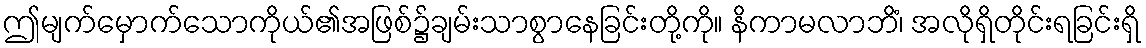
ဤမျက်မှောက်သောကိုယ်၏အဖြစ်၌ချမ်းသာစွာနေခြင်းတို့ကို။ နိကာမလာဘိံ၊ အလိုရှိတိုင်းရခြင်းရှိ